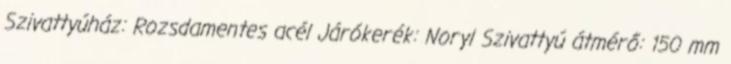
Szivattyúház: Rozsdamentes acél Járókerék: Noryl Szivattyú átmérő: 150 mm